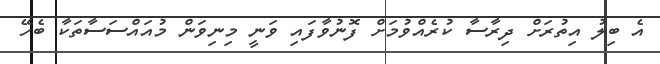
އެ ބިލު އިތުރަށް ދިރާސާ ކުރެއްވުމަށް ފޮނުވާފައި ވަނީ މިނިވަން މުއައްސަސާތަކާ ބެހޭ